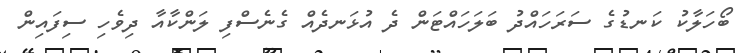
ބޯހަލާކު ކަނޑުގެ ސަރަހައްދު ބަލަހައްޓަން ދެ އުޅަނދެއް ގެނެސްފި ލަންކާއާ ދިވެހި ސިފައިން